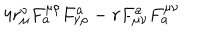
LaTeX: 4 r _ { \mu } ^ { \nu } F _ { a } ^ { \mu \rho } F _ { \nu \rho } ^ { a } - r F _ { \mu \nu } ^ { a } F _ { a } ^ { \mu \nu }